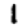
Digit: 1